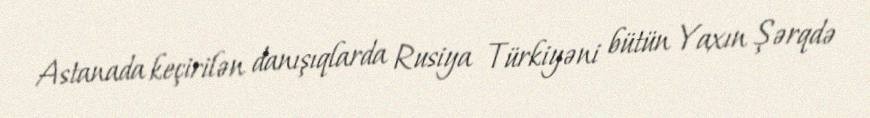
Astanada keçirilən danışıqlarda Rusiya Türkiyəni bütün Yaxın Şərqdə